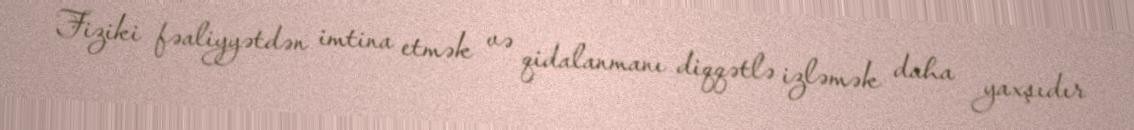
Fiziki fəaliyyətdən imtina etmək və qidalanmanı diqqətlə izləmək daha yaxşıdır